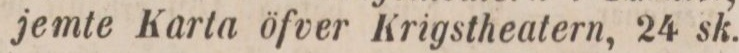
jemte Karta öfver Krigstheatern, 24 sk.